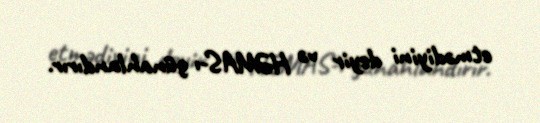
etmədiyini deyir və HƏMAS-ı günahlandırır.